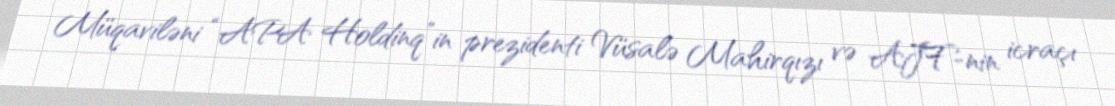
Müqaviləni “APA Holdinq”in prezidenti Vüsalə Mahirqızı və AJF-nin icraçı